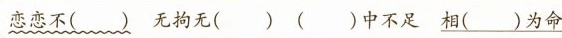
恋恋不() 无拘无() ()中不足 相()为命